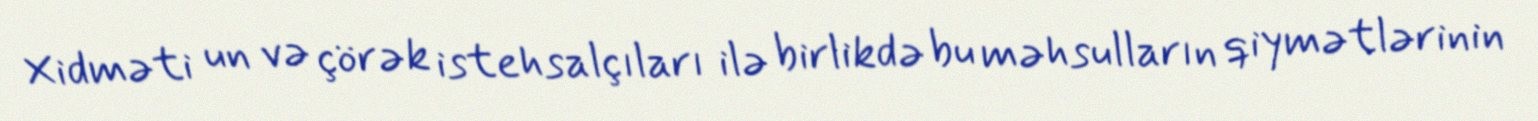
Xidməti un və çörək istehsalçıları ilə birlikdə bu məhsulların qiymətlərinin